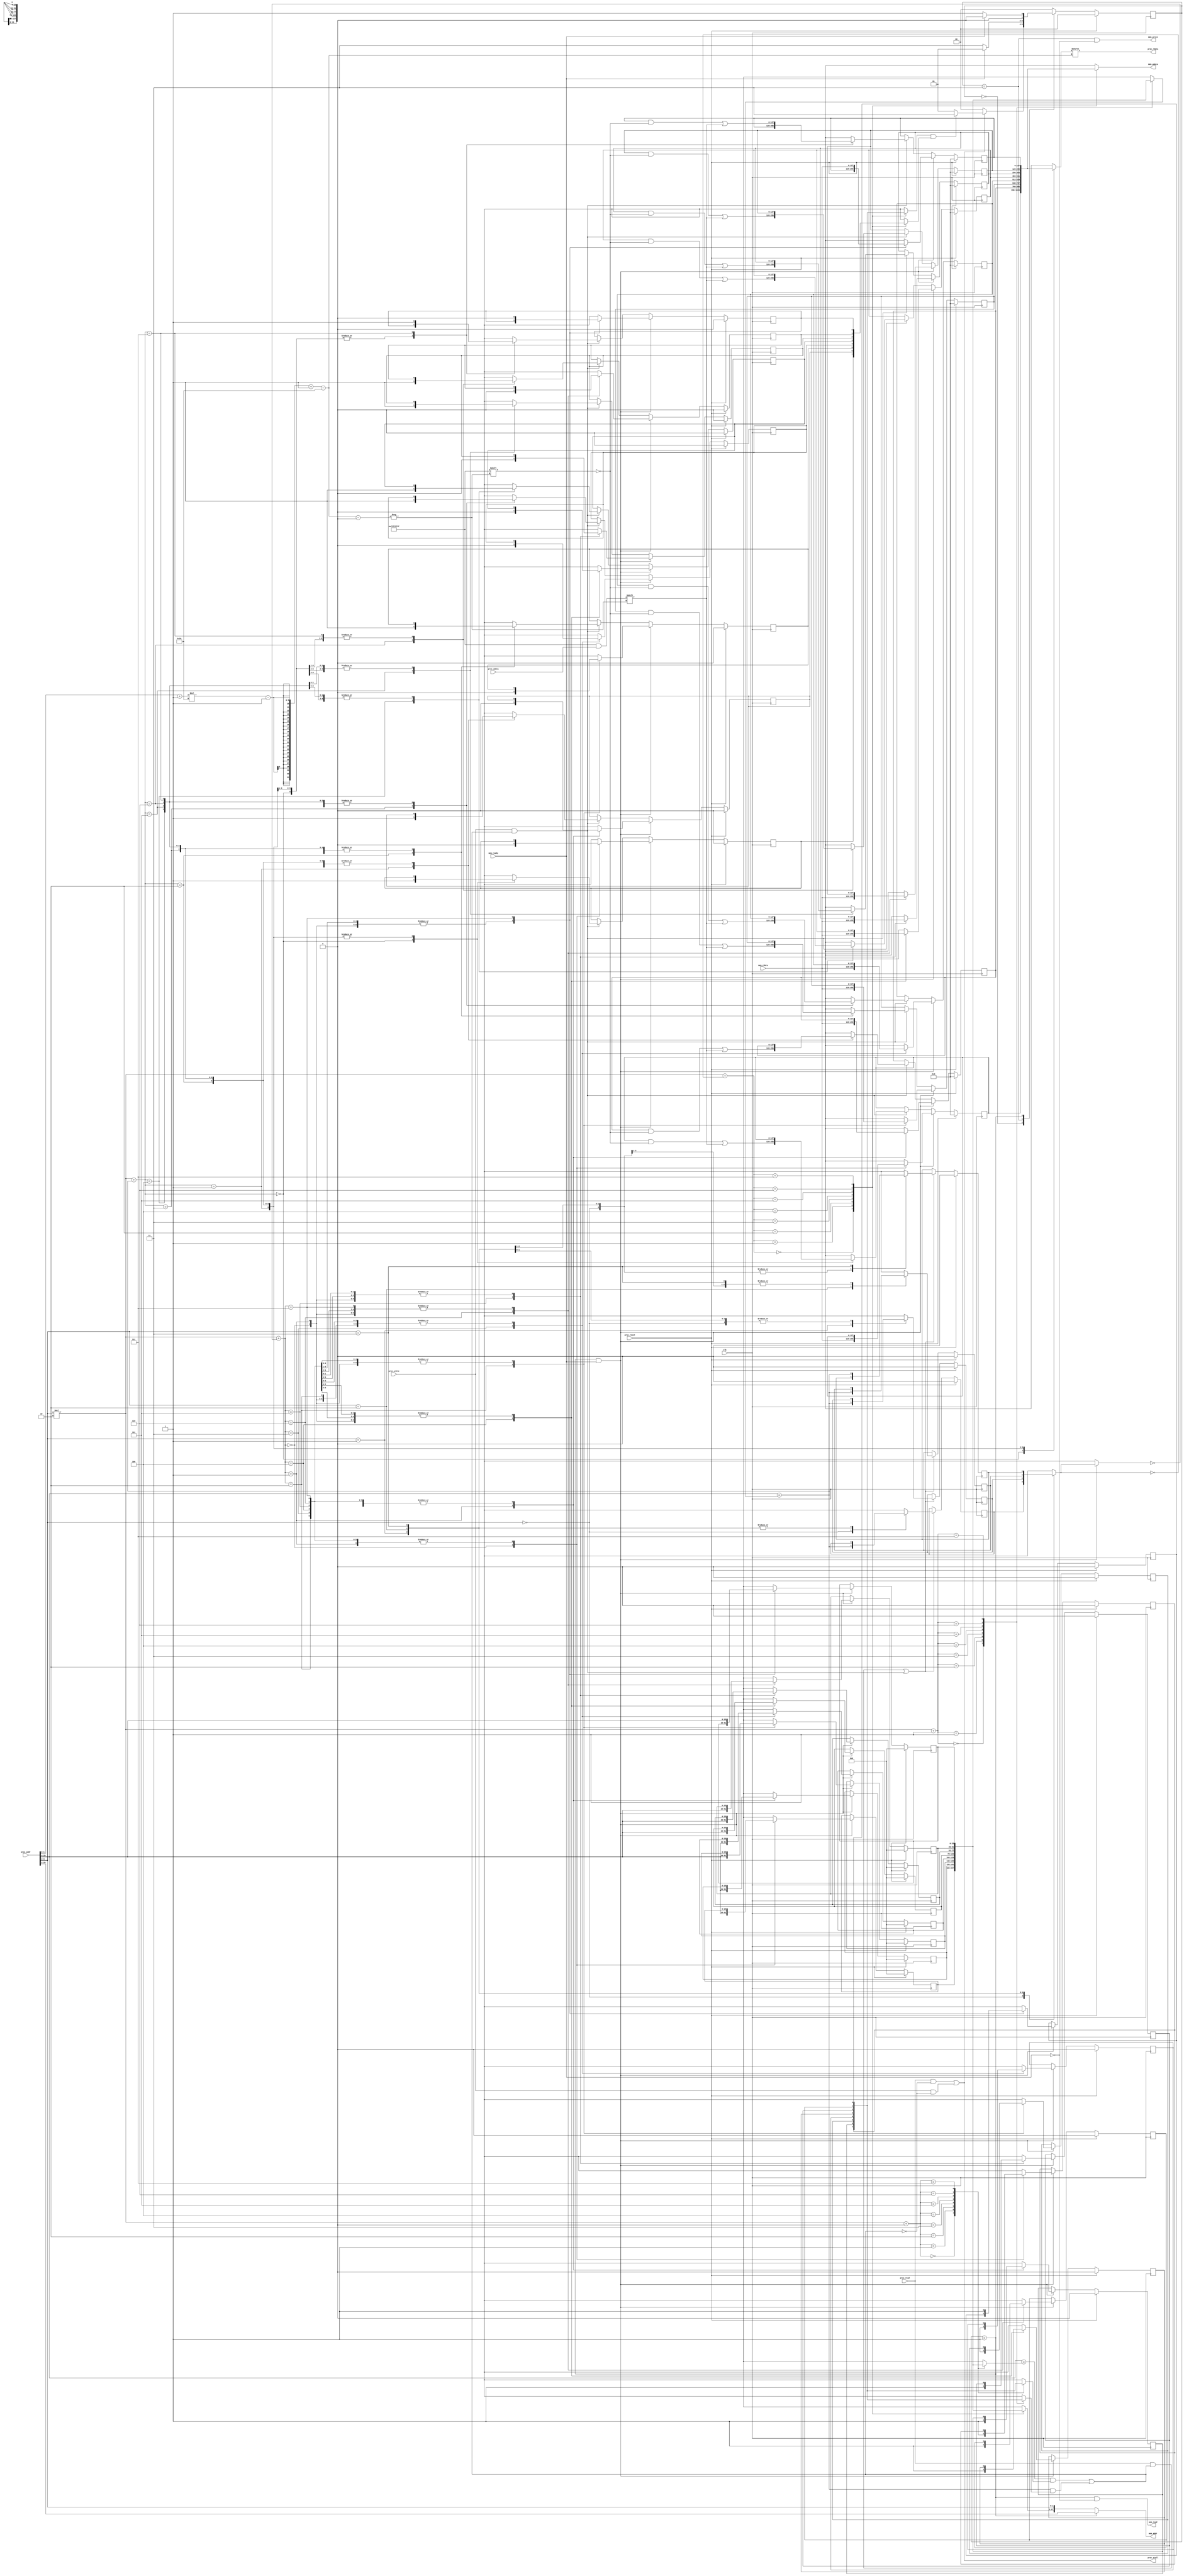
module cache(
    clk,
    proc_reset,
    proc_read,
    proc_write,
    proc_addr,
    proc_rdata,
    proc_wdata,
    proc_stall,
    mem_read,
    mem_write,
    mem_addr,
    mem_rdata,
    mem_wdata,
    mem_ready
);
    

    input          clk;

    // processor interface
    input          proc_reset;
    input          proc_read, proc_write;
    input   [29:0] proc_addr; //4 bytes address, less 2 bits for block offset, 2 bits for modulo, others 26 bits for tag
    input   [31:0] proc_wdata;
    output         proc_stall;
    output  [31:0] proc_rdata;

    // memory interface
    input  [127:0] mem_rdata;
    input          mem_ready;
    output         mem_read, mem_write;
    output  [27:0] mem_addr;
    output [127:0] mem_wdata;

    reg    [2-1:0] state_r;
    reg    [2-1:0] state_w;

    reg  [128-1:0] cache_r[0:4-1][0:2-1]; //A word contains 4 bytes, a block contains 4 words, 8 blocks
    reg  [128-1:0] cache_w[0:4-1][0:2-1]; //A word contains 4 bytes, a block contains 4 words, 8 blocks
 
    reg            valid_r[0:4-1][0:2-1]; //valid bits for blocks
    reg            valid_w[0:4-1][0:2-1]; //valid bits for blocks

    reg            modified_r[0:4-1][0:2-1]; //modified bits for blocks
    reg            modified_w[0:4-1][0:2-1]; //modified bits for blocks

    reg   [26-1:0] tag_r[0:4-1][0:2-1]; //tag bits for blocks
    reg   [26-1:0] tag_w[0:4-1][0:2-1]; //tag bits for blocks
 
    reg            recent_r[0:4-1]; //recent bit for blocks, 1'b0 means cache_r[proc_modulo][0] is recently taken
    reg            recent_w[0:4-1]; //recent bit for blocks

    wire  [26-1:0] proc_tag;
    wire   [2-1:0] proc_modulo;
    wire   [2-1:0] proc_offset;

    wire           hit;
    wire           read_miss;
    wire           read_hit;
    wire           write_miss;
    wire           write_hit;
    wire           old_valid_and_modified;

    wire           index;

    integer        i, j;

    parameter      STATE_READY = 2'd0;
    parameter      STATE_READ  = 2'd1; //Read from memory
    parameter      STATE_WRITE = 2'd3; //Write to memory

    //Unfold processor address into tag, modulo and offset
    assign proc_tag = proc_addr[26+2+2-1:2+2];
    assign proc_modulo = proc_addr[2+2-1:2];
    assign proc_offset = proc_addr[2-1:0];

    //Control signal
    assign index = proc_tag == tag_r[proc_modulo][1];
    assign hit = (proc_tag == tag_r[proc_modulo][0] && valid_r[proc_modulo][0]) || (proc_tag == tag_r[proc_modulo][1] && valid_r[proc_modulo][1]);
    assign read_hit = proc_read && hit;
    assign read_miss = proc_read && !hit;
    assign write_hit = proc_write && hit;
    assign write_miss = proc_write && !hit;
    assign old_valid_and_modified = valid_r[proc_modulo][~ recent_r[proc_modulo]] && modified_r[proc_modulo][~ recent_r[proc_modulo]];


    //Handle state_r (FSM)
    always @(*) begin
        case (state_r)
            STATE_READY:
                if (read_miss || write_miss) begin
                    if (old_valid_and_modified) begin
                        state_w = STATE_WRITE;
                    end
                    else begin
                        state_w = STATE_READ;
                    end
                end
                else begin
                    state_w = STATE_READY;
                end
            STATE_WRITE:
                if (mem_ready) begin
                    state_w = STATE_READ;
                end
                else begin
                    state_w = STATE_WRITE;
                end
            STATE_READ:
                if (mem_ready) begin
                    state_w = STATE_READY;
                end
                else begin
                    state_w = STATE_READ;
                end
            default: 
                state_w = STATE_READY;
        endcase
    end

    always@(posedge clk) begin
        if(proc_reset) begin
            state_r <= STATE_READY;
        end
        else begin
            state_r <= state_w;
        end
    end

    //Handle cache_r
    always @(*) begin
        for (i = 0; i < 4; i = i + 1) begin
            for (j = 0; j < 2; j = j + 1) begin
                cache_w[i][j] = cache_r[i][j];
            end
        end
        if (state_r == STATE_READ && mem_ready) begin
            cache_w[proc_modulo][~ recent_r[proc_modulo]] = mem_rdata;
        end
        else if (write_hit) begin
            cache_w[proc_modulo][index][(proc_offset+1)*32-1-:32] = proc_wdata;
        end
    end

    always@(posedge clk) begin
        if(proc_reset) begin
            for (i = 0; i < 4; i = i + 1) begin
                for (j = 0; j < 2; j = j + 1) begin
                    cache_r[i][j] <= 128'd0;
                end
            end
        end
        else begin
            for (i = 0; i < 4; i = i + 1) begin
                for (j = 0; j < 2; j = j + 1) begin
                    cache_r[i][j] <= cache_w[i][j];
                end
            end
        end
    end

    //Handle valid_r
    always @(*) begin
        for (i = 0; i < 4; i = i + 1) begin
            for (j = 0; j < 2; j = j + 1) begin
                valid_w[i][j] = valid_r[i][j];
            end
        end
        if (state_r == STATE_READ && mem_ready) begin
            valid_w[proc_modulo][~ recent_r[proc_modulo]] = 1'b1;
        end
    end

    always@(posedge clk) begin
        if(proc_reset) begin
            for (i = 0; i < 4; i = i + 1) begin
                for (j = 0; j < 2; j = j + 1) begin
                    valid_r[i][j] <= 1'b0;
                end
            end
        end
        else begin
            for (i = 0; i < 4; i = i + 1) begin
                for (j = 0; j < 2; j = j + 1) begin
                    valid_r[i][j] <= valid_w[i][j];
                end
            end
        end
    end

    //Handle tag_r
    always @(*) begin
        for (i = 0; i < 4; i = i + 1) begin
            for (j = 0; j < 2; j = j + 1) begin
                tag_w[i][j] = tag_r[i][j];
            end
        end
        if (state_r == STATE_READ && mem_ready) begin
            tag_w[proc_modulo][~ recent_r[proc_modulo]] = proc_tag;
        end
    end

    always@(posedge clk) begin
        if(proc_reset) begin
            for (i = 0; i < 4; i = i + 1) begin
                for (j = 0; j < 2; j = j + 1) begin
                    tag_r[i][j] <= 26'd0;
                end
            end
        end
        else begin
            for (i = 0; i < 4; i = i + 1) begin
                for (j = 0; j < 2; j = j + 1) begin
                    tag_r[i][j] <= tag_w[i][j];
                end
            end
        end
    end

    //Handle recent_r
    always @(*) begin
        for (i = 0; i < 4; i = i + 1) begin
            recent_w[i] = recent_r[i];
        end
        if (read_hit || write_hit) begin
            recent_w[proc_modulo] = index;
        end
    end

    always@(posedge clk) begin
        if(proc_reset) begin
            for (i = 0; i < 4; i = i + 1) begin
                recent_r[i] <= 1'b0;
            end
        end
        else begin
            for (i = 0; i < 4; i = i + 1) begin
                recent_r[i] <= recent_w[i];
            end
        end
    end

    //Handle modified_r
    always @(*) begin
        for (i = 0; i < 4; i = i + 1) begin
            for (j = 0; j < 2; j = j + 1) begin
                modified_w[i][j] = modified_r[i][j];
            end
        end
        if (state_r == STATE_READ && mem_ready) begin
            modified_w[proc_modulo][~ recent_r[proc_modulo]] = 1'b0;
        end
        else 
        if (write_hit) begin
            modified_w[proc_modulo][index] = 1'b1;
        end
    end

    always@(posedge clk) begin
        if(proc_reset) begin
            for (i = 0; i < 4; i = i + 1) begin
                for (j = 0; j < 2; j = j + 1) begin
                    modified_r[i][j] <= 1'b0;
                end
            end
        end
        else begin
            for (i = 0; i < 4; i = i + 1) begin
                for (j = 0; j < 2; j = j + 1) begin
                    modified_r[i][j] <= modified_w[i][j];
                end
            end
        end
    end

    //Output
    assign proc_stall = read_miss || write_miss;
    assign proc_rdata = cache_r[proc_modulo][index][(proc_offset+1)*32-1-:32];
    assign mem_read = state_r == STATE_READ & ~ mem_ready;
    assign mem_write = state_r == STATE_WRITE & ~ mem_ready;
    assign mem_addr = state_r == STATE_READ ? {proc_tag, proc_modulo} : {tag_r[proc_modulo][~ recent_r[proc_modulo]], proc_modulo};
    assign mem_wdata = cache_r[proc_modulo][~ recent_r[proc_modulo]];
endmodule